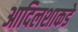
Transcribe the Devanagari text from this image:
आदिलशाकडे